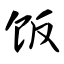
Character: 饭